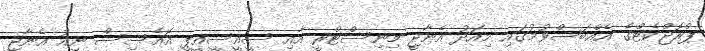
ޕްރޮޖްކެޓްގެ އެއްބަސްވުމުގައި މިއަދު އެނާޖީ މިނިސްޓްރީ އާއި ސީއީސީއީޕީ އޮއެސިސް ނިއު އެނާޖީ